Indian Civil Veterinary Department memoirs
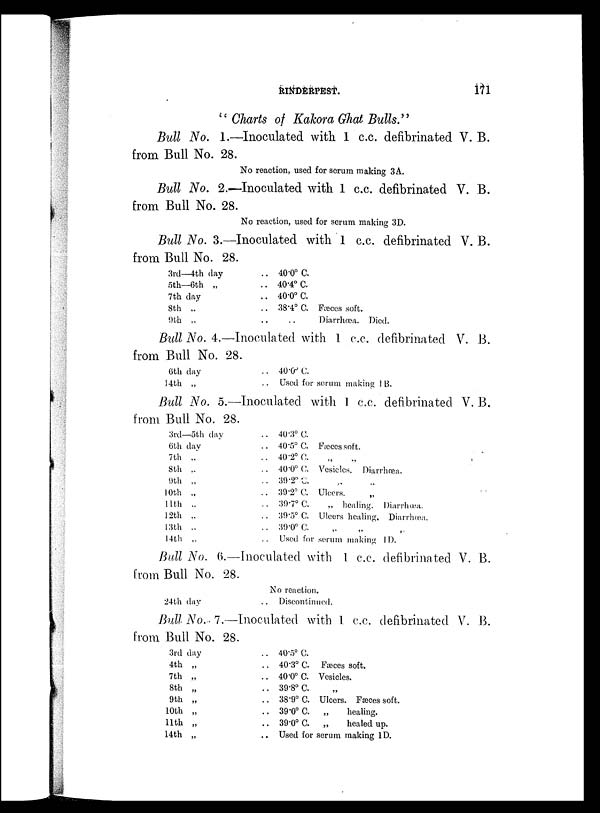
RINDERPEST.
171
"Charts of Kakora Ghat Bulls."
Bull No. 1.—Inoculated with 1 c.c. defibrinated V. B.
from Bull No. 28.
No reaction, used for serum making 3A.
Bull No. 2.—Inoculated with 1 c.c. defibrinated V. B.
from Bull No. 28.
No reaction, used for serum making 3D.
Bull No. 3.—Inoculated with 1 c.c. defibrinated V. B.
from Bull No. 28.
3rd—4th day
5th—6th „
7th day
8th „
9th „
.. 40.0º C.
.. 40.4º C.
.. 40.0º C.
.. 38.4º C. Fasces soft.
.. .. Diarrhœa. Died.
Bull No. 4.—Inoculated with 1 c.c. defibrinated V. B.
from Bull No. 28.
6th day
14th „
.. 40.0º C.
Used for serum making 1 B.
Bull No. 5.—Inoculated with 1 c.c. defibrinated V. B.
from Bull No. 28.
3rd—5th day
6th day
7th „
8th „
9th „
10th „
11th ..
12th „
13th ..
14th „
.. 40.3º C.
.. 40.5º C. Fæces soft.
.. 40.2º C. „ „
.. 40.0º C. Vesicles. Diarrhœa.
.. 39.2º C. „ „
.. 39.2º C. Ulcers. „
.. 39.7º C.
„ healing. Diarrhœa.
.. 39.5º C. Ulcers healing. Diarrhœa.
.. 39.0º C. „ „ „
Used for serum making ID.
Bull No. 6.—Inoculated with 1 c.c. defibrinated V. B.
from Bull No. 28.
24th day
No reaction.
Discontinued.
Bull No. 7.—Inoculated with 1 c.c. defibrinated V. B.
from Bull No. 28.
3rd day
4th „
7th „
8th „
9th „
10th „
11th „
14th „
.. 40.5º C.
.. 40.3º C. Fæces soft.
.. 40.0º C Vesicles.
.. 39.8º C. „
.. 38.9º C. Ulcers. Fæces soft.
.. 39.0º C. „
healing.
.. 39.0º C. „
healed up.
.. Used for serum making ID.